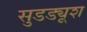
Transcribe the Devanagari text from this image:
सुडड्यूश